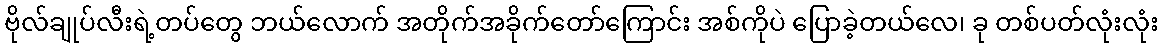
ဗိုလ်ချုပ်လီးရဲ့တပ်တွေ ဘယ်လောက် အတိုက်အခိုက်တော်ကြောင်း အစ်ကိုပဲ ပြောခဲ့တယ်လေ၊ ခု တစ်ပတ်လုံးလုံး